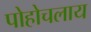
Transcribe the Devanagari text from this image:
पोहोचलाय